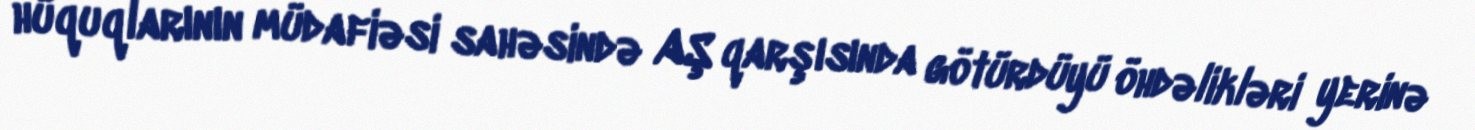
hüquqlarının müdafiəsi sahəsində AŞ qarşısında götürdüyü öhdəlikləri yerinə